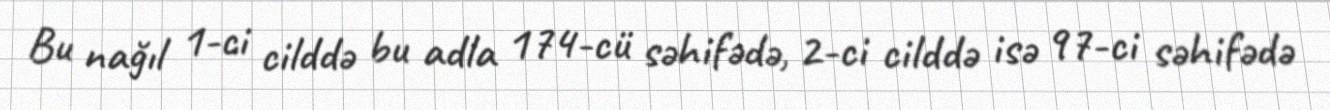
Bu nağıl 1-ci cilddə bu adla 174-cü səhifədə, 2-ci cilddə isə 97-ci səhifədə